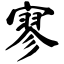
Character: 寥